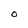
Character: 0